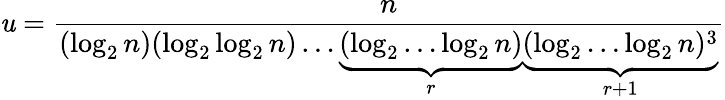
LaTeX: \mathit{u}={\frac{{n}}{{(\log_{2}n)(\log_{2}\log_{2}n)\dots\underbrace{{(\log_{2}\dots\log_{2}n)}}_{r}\underbrace{{(\log_{2}\dots\log_{2}n)^{3}}}_{r+1}}}}